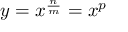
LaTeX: y = x ^ { \frac { n } { m } } = x ^ { p }